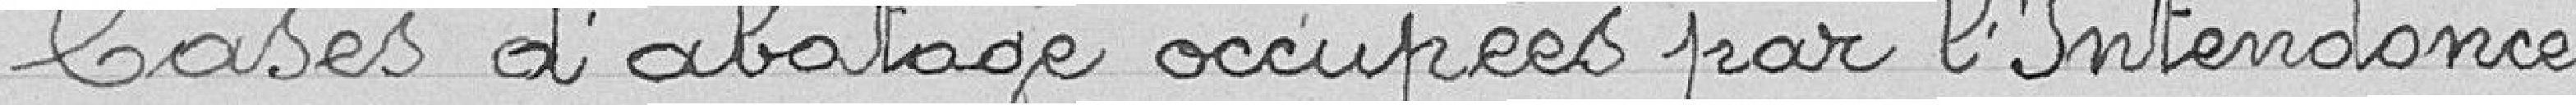
Bases d'abatage occupées par l'Intendance